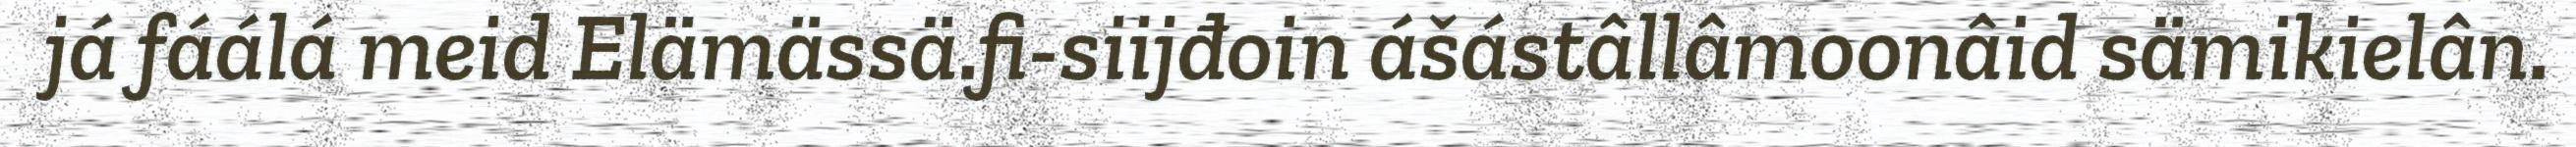
já fáálá meid Elämässä.fi-siijđoin ášástâllâmoonâid sämikielân.